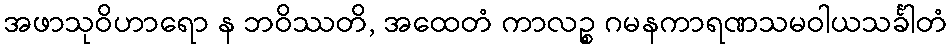
အဖာသုဝိဟာရော န ဘဝိဿတိ, အထေတံ ကာလဉ္စ ဂမနကာရဏသမဝါယသင်္ခါတံ